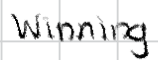
Text: Winning
Cross-out: clean
Writing tool: digital_black